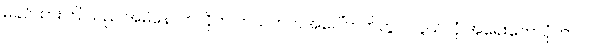
မခင်ထားကြူသည် အမိနောက်လိုက် ဘယ်ဘက်အပေါ်ဘက်တွင် လွယ်လုံ အရေးတော်ပုံကာလ